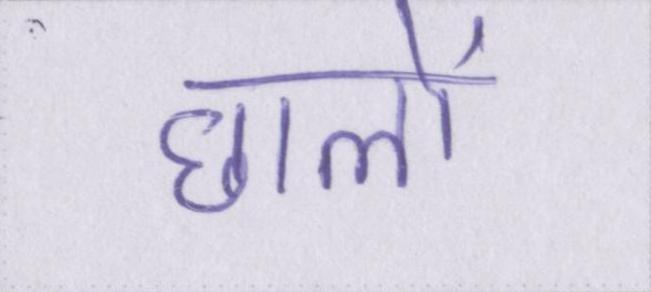
छालों